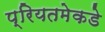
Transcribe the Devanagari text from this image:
प्रियतमेकडे